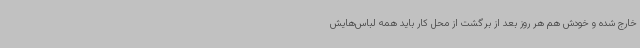
خارج شده و خودش هم هر روز بعد از برگشت از محل کار باید همه لباس‌هایش